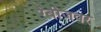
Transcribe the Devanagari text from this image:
रेबीजवर